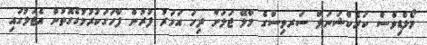
މޯލްޑިވްސް ކަރެކްޝަނަލް ސަރވިސްގެ މާލޭ ޖަލަށް ދިހަ އަހަރު ފުރުން ފާހަގަކުރުމުގެގޮތުން އެޖަލުގައި